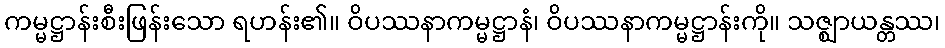
ကမ္မဋ္ဌာန်းစီးဖြန်းသော ရဟန်း၏။ ဝိပဿနာကမ္မဋ္ဌာနံ၊ ဝိပဿနာကမ္မဋ္ဌာန်းကို။ သဇ္ဈာယန္တဿ၊